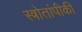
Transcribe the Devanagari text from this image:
स्त्रोतांपीकी